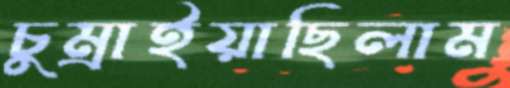
চুম্‌রাইয়াছিলাম